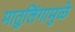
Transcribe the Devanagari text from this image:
मातुलिंगामुळे